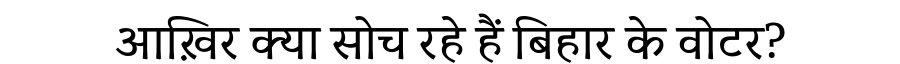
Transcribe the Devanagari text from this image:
आख़िर क्या सोच रहे हैं बिहार के वोटर?